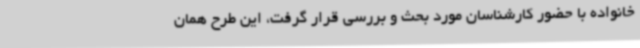
خانواده با حضور کارشناسان مورد بحث و بررسی قرار گرفت، این طرح همان